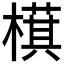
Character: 𬄤